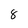
Character: 8